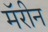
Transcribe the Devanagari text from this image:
मॅरीन